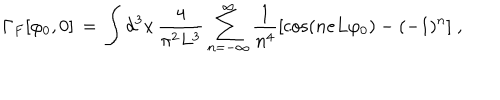
\Gamma _ { F } [ \varphi _ { 0 } , 0 ] \, = \, \int d ^ { 3 } x \, \frac { 4 } { \pi ^ { 2 } L ^ { 3 } } \sum _ { n = - \infty } ^ { \infty } \frac { 1 } { n ^ { 4 } } [ \cos ( n e L \varphi _ { 0 } ) - ( - 1 ) ^ { n } ] \; ,